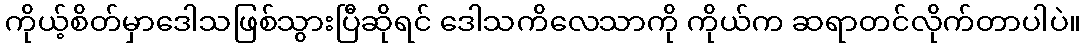
ကိုယ့်စိတ်မှာဒေါသဖြစ်သွားပြီဆိုရင် ဒေါသကိလေသာကို ကိုယ်က ဆရာတင်လိုက်တာပါပဲ။